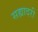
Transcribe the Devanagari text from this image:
सह्यादरी